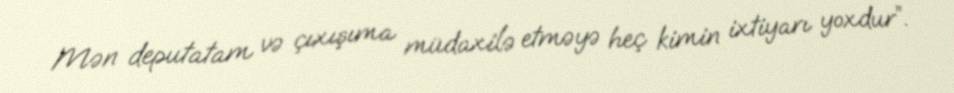
Mən deputatam və çıxışıma müdaxilə etməyə heç kimin ixtiyarı yoxdur”.